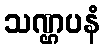
သဏ္ဌပနံ